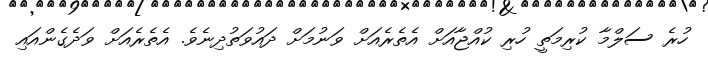
ހުރެ ސަލްމާ ކުރިމަތީ ހުރި ކުއްޖާއަށް އެތެރެއަށް ވަނުމަށް ދައުވަތުދިނެވެ. އެތެރެއަށް ވަދެގެންއައި